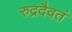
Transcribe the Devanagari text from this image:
रुद्रदैवतं